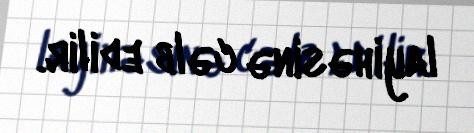
layihəsinə cəlb edilir.